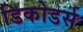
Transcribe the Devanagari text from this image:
डिकोडर्स